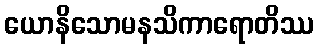
ယောနိသောမနသိကာရောတိဿ